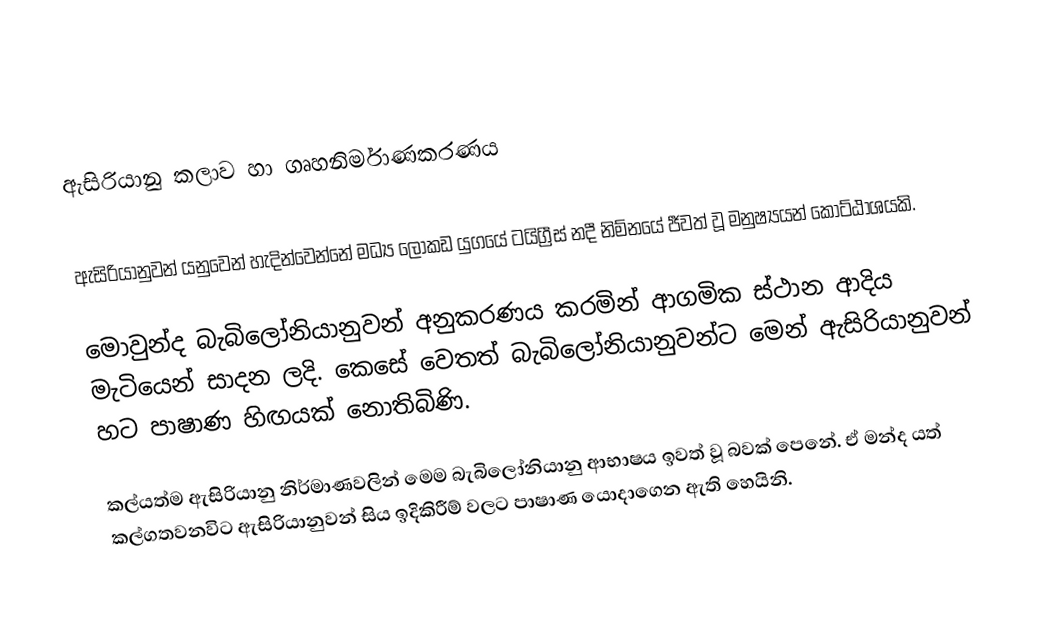
ඇසිරියානු කලාව හා ගෘහනිර්මාණකරණය

ඇසිරියානුවන් යනුවෙන් හැදින්වෙන්නේ මධ්‍ය ලෝකඩ යුගයේ ටයිග්‍රීස් නදී නිම්නයේ ජීවත් වූ මනුෂ්‍යයන් කොට්ඨාශයකි.

මොවුන්ද බැබිලෝනියානුවන් අනුකරණය කරමින් ආගමික ස්ථාන ආදිය මැටියෙන් සාදන ලදි. කෙසේ වෙතත් බැබිලෝනියානුවන්ට මෙන් ඇසිරියානුවන් හට පාෂාණ හිඟයක් නොතිබිණි.

කල්යත්ම ඇසිරියානු නිර්මාණවලින් මෙම බැබිලෝනියානු ආභාෂය ඉවත් වූ බවක් පෙනේ.  ඒ මන්ද යත් කල්ගතවනවිට ඇසිරියානුවන් සිය ඉදිකිරීම් වලට පාෂාණ යොදාගෙන ඇති හෙයිනි.